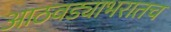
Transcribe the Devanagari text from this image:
आठवड्याभरातच